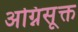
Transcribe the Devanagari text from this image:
अग्निसूक्त